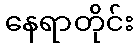
နေရာတိုင်း